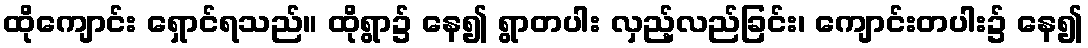
ထိုကျောင်း ရှောင်ရသည်။ ထိုရွာ၌ နေ၍ ရွာတပါး လှည့်လည်ခြင်း၊ ကျောင်းတပါး၌ နေ၍